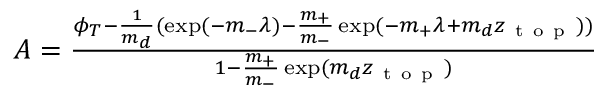
\begin{array} { r } { A = \frac { \phi _ { T } - \frac { 1 } { m _ { d } } ( \exp ( - m _ { - } \lambda ) - \frac { m _ { + } } { m _ { - } } \exp ( - m _ { + } \lambda + m _ { d } z _ { \mathrm { ~ t ~ o ~ p ~ } } ) ) } { 1 - \frac { m _ { + } } { m _ { - } } \exp ( m _ { d } z _ { \mathrm { ~ t ~ o ~ p ~ } } ) } } \end{array}